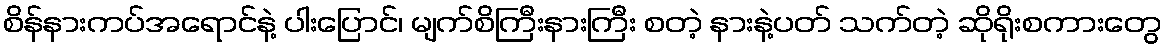
စိန်နားကပ်အရောင်နဲ့ ပါးပြောင်၊ မျက်စိကြီးနားကြီး စတဲ့ နားနဲ့ပတ် သက်တဲ့ ဆိုရိုးစကားတွေ